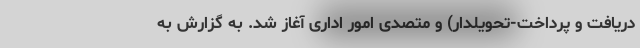
دریافت و پرداخت-تحویلدار) و متصدی امور اداری آغاز شد. به گزارش به